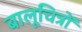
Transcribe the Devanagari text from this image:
बालूचित्रों